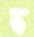
ভ